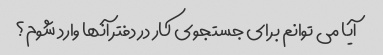
آیا می توانم برای جستجوی کار در دفتر آنها وارد شوم؟